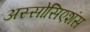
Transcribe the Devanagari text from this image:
अस्सोसिएशंस